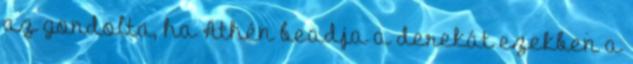
az gondolta, ha Athén beadja a derekát ezekben a